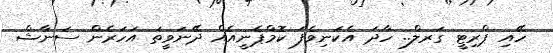
ހޭއި ޕްރިޓީ ގަރލް.. ހާދަ އެކަނިވެފަ ކޮމްޕެނީއެއް ދޭނަވީތަ އަހަރެން ސަނާޝް